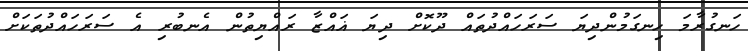
ހަނގުރާމަ ހިނގަމުންދިޔަ ސަރަހައްދުތައް ދޫކޮށް ދިޔަ ޣައްޒާ ރައްޔިތުން އެނބުރި އެ ސަރަހައްދުތަކަށް